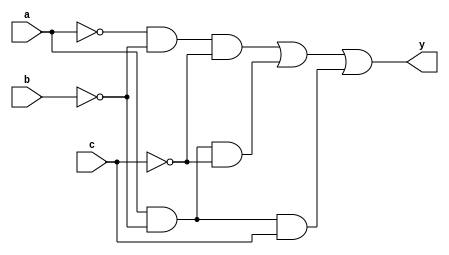
module bai1(a,b,c,y);
input a,b,c;
output y;
assign y=(~a&~b&~c) | (a&~b&~c) |(a&~b&c);
endmodule